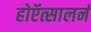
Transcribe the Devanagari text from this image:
होऍत्सालर्न